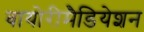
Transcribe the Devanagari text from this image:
बायोरीमैडियेशन